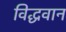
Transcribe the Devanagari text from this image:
विद्धवान